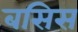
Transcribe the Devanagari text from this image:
बसिस